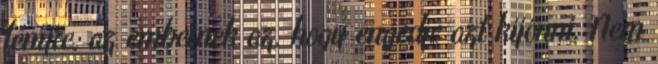
fényre, az embernek az, hogy engedje azt kijönni. Nem